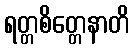
ရတ္တစိတ္တေနာတိ